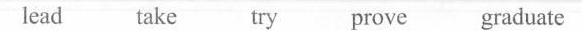
lead take try prove graduate